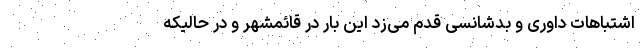
اشتباهات داوری و بدشانسی قدم می‌زد این بار در قائمشهر و در حالیکه